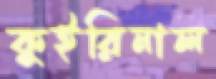
কুইরিনাল